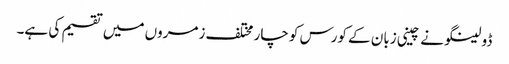
ڈولینگو نے چینی زبان کے کورس کو چار مختلف زمروں میں تقسیم کی ہے۔